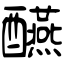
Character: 醼